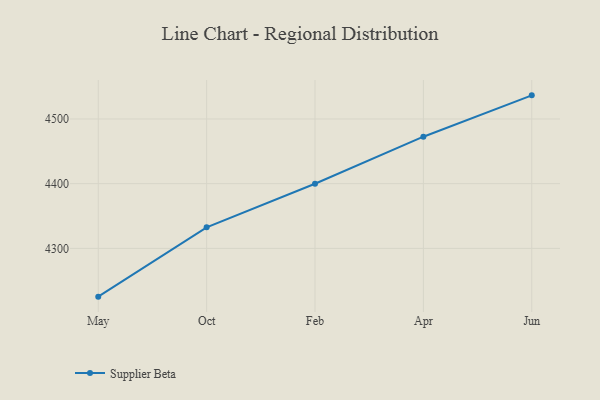
{"axis": {"x": "Month", "y": "Temperature (°C)"}, "legend": ["Supplier Beta"], "data": [{"x": "May", "y": 4225.4, "type": "Supplier Beta"}, {"x": "Oct", "y": 4332.5, "type": "Supplier Beta"}, {"x": "Feb", "y": 4399.9, "type": "Supplier Beta"}, {"x": "Apr", "y": 4472.6, "type": "Supplier Beta"}, {"x": "Jun", "y": 4536.5, "type": "Supplier Beta"}]}